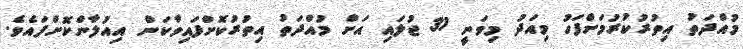
މުއްދަތު އިތުރުކުރުމަށްފަހު މިއަދު މިވަނީ 31 ޖުލައި އަށް މުއްދަތު އިތުރުކޮށްފައިވާކަން އިއުލާންކޮށްފައެވެ.